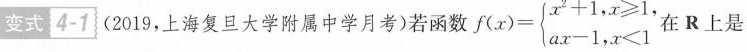
变式4-1 (2019，上海复旦大学附属中学月考)若函数$$f(x)= \left\{ \begin{matrix} x^{2}+1,x \geq 1, \\ ax-1,x<1 \end{matrix} \right.$$ 在R上是